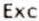
EXC